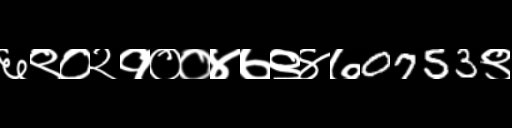
Text: ६९०२१००४७९४७0753९